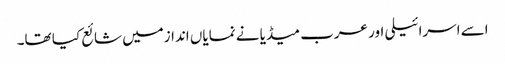
اسے اسرائیلی اور عرب میڈیا نے نمایاں اندازمیں شائع کیا تھا۔